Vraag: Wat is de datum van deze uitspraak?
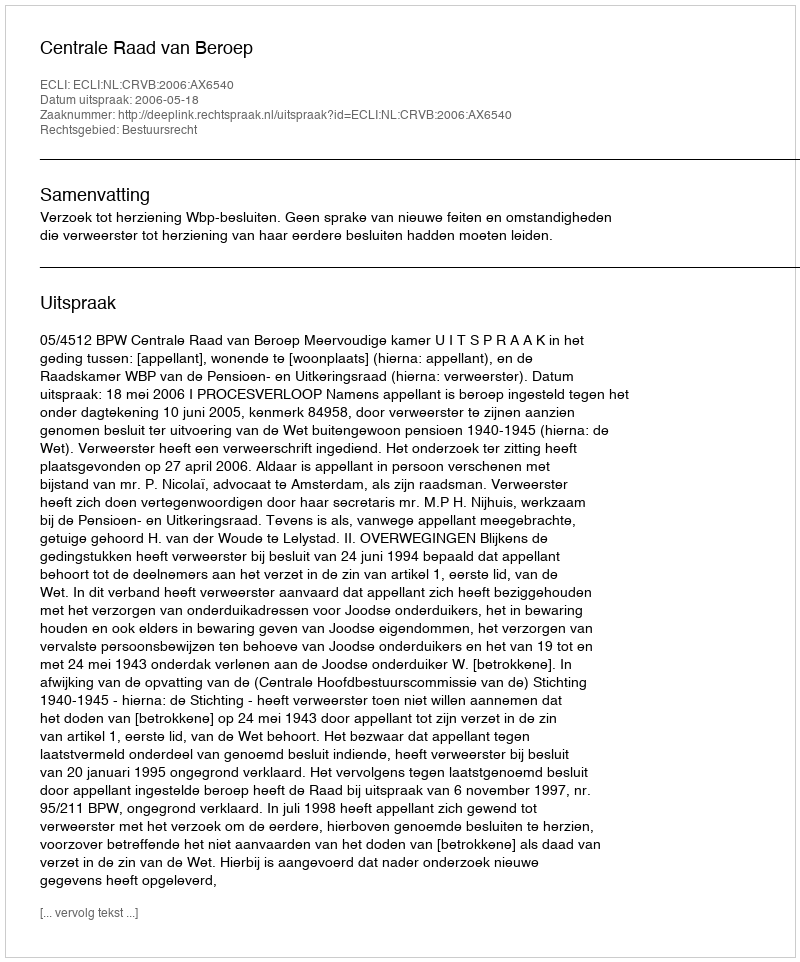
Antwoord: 2006-05-18